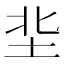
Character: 㘳